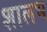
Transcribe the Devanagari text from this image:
शालभ